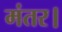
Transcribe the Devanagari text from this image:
मंतर।